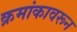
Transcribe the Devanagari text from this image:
क्रमांकावरून